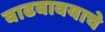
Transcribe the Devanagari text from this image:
वाढवावयाचे